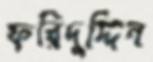
ফরিদুদ্দিন